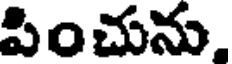
పించును,